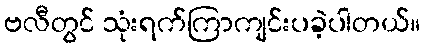
ဗလီတွင် သုံးရက်ကြာကျင်းပခဲ့ပါတယ်။